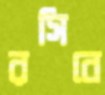
রসিবে